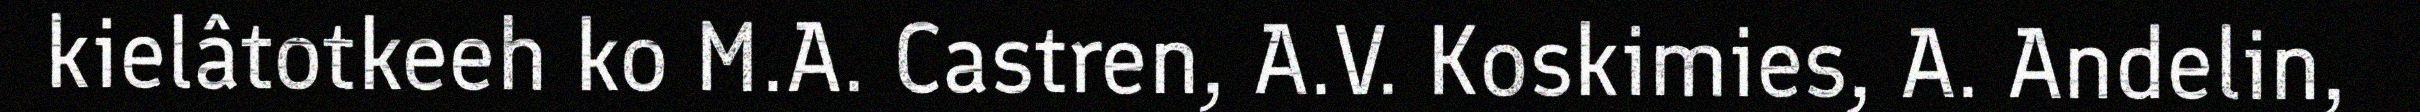
kielâtotkeeh ko M.A. Castren, A.V. Koskimies, A. Andelin,